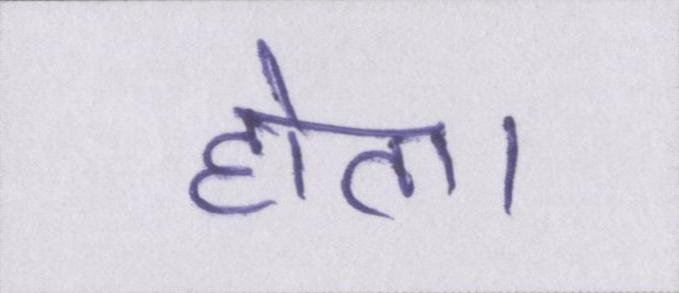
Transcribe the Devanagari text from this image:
होता।